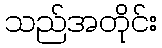
သည်အတိုင်း